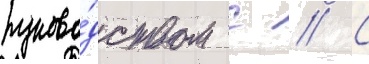
руково́дством с // С